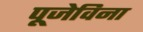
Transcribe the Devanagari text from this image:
पूजेविना